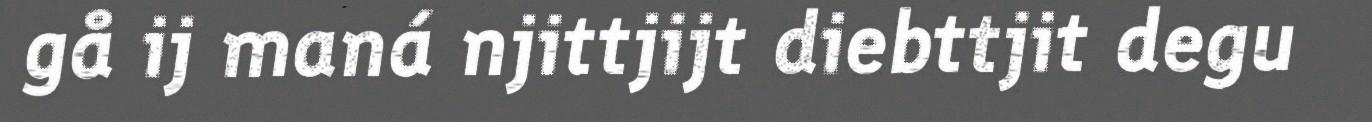
gå ij maná njittjijt diebttjit degu